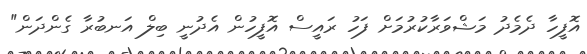
އޮފީހާ ދެމެދު މަޝްވަރާކުރުމަށް ފަހު ރައީސް އޮފީހުން އެދުނީ ބިލް އަނބުރާ ގެންދަން"